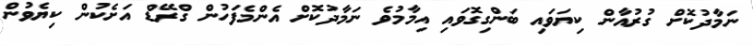
ނަމާދުކޮށް ގުރުއާން ކިޔަވައި ބަންގިގޮވައި އިމާމުވެ ނަމާދުކޮށް އެންމެފަހުން ގްރޭޑް އަށެކުން ކިޔެވުން